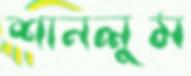
শানলুম